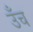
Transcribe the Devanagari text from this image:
उँच